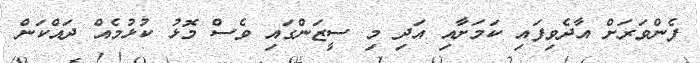
ފެންވަރަށް އާދެވިފައި ކަމަށާއި އަދި މި ސީޒަންގައި ވެސް މޮޅު ކުޅުމެއް ދައްކަން